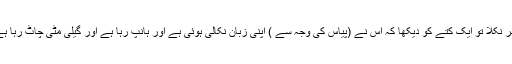
پھر نکلا تو ایک کتے کو دیکھا کہ اس نے (پیاس کی وجہ سے ) اپنی زبان نکالی ہوئی ہے اور ہانپ رہا ہے اور گیلی مٹی چاٹ رہا ہے۔